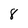
Character: 8